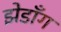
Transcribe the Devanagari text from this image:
झेडाँग